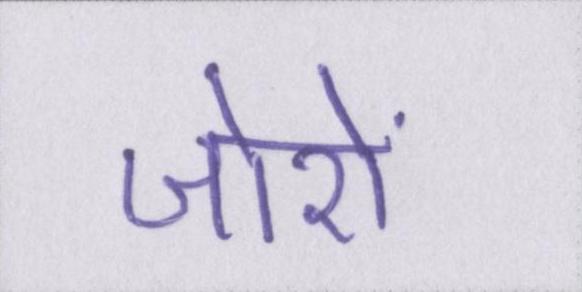
जोरों